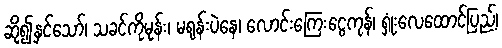
ဆို၍နှင်သော်၊ သခင်ကိုမုန်း၊ မရုန်းပဲနေ၊ လောင်းကြေးငွေကုန်၊ ရှုံးလေထောင်ပြည့်၊